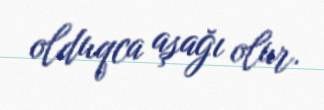
olduqca aşağı olur.